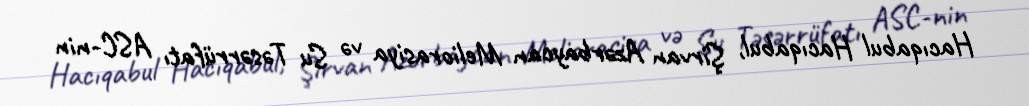
Hacıqabul Hacıqabul, Şirvan Azərbaycan Meliorasiya və Su Təsərrüfatı ASC-nin